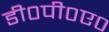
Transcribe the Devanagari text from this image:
डी०पी०ए०